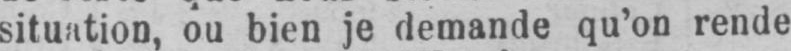
situation, ou bien je demande qu’on rende